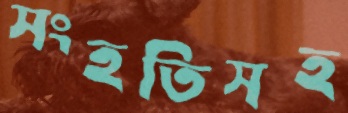
সংহতিসহ